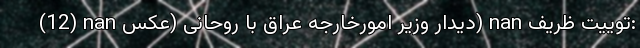
(12) nan دیدار وزیر امورخارجه عراق با روحانی (عکس) nan توییت ظریف: